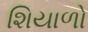
શિયાળો